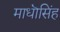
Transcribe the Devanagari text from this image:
माधॊसिंह